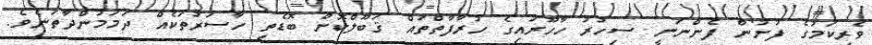
ވެރިކަމުގެ ފުށުން ފެންނަނީ ސިހުރު ހާހޫރައިގެ ހުރާފާތްތައް ޤަބޫލްކޮށް ބޮޑެތި ހާސަރުތަކެއް ދަމަމުންދާތަނެވެ.